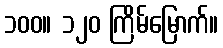
၁၀၀။ ၁၂၀ ကြိမ်မြောက်။